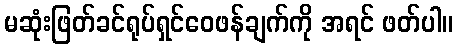
မဆုံးဖြတ်ခင်ရုပ်ရှင်ဝေဖန်ချက်ကို အရင် ဖတ်ပါ။